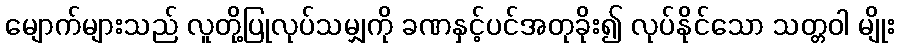
မျောက်များသည် လူတို့ပြုလုပ်သမျှကို ခဏနှင့်ပင်အတုခိုး၍ လုပ်နိုင်သော သတ္တဝါ မျိုး